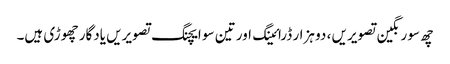
چھ سو رنگین تصویریں ، دو ہزار ڈرائینگ اور تین سو ایچنگ تصویریں یادگار چھوڑی ہیں۔